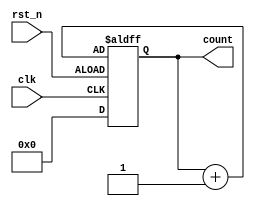
module counter_4bit(
    input clk,rst_n,
    output reg [3:0] count
);

always @(posedge clk or negedge rst_n) begin
    if (rst_n) begin
        count <= 4'b0;
    end
    else begin
        count <= count + 1;
    end
end
endmodule